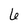
Character: 6